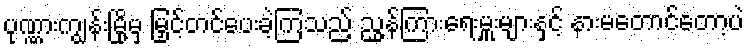
ပုဏ္ဏားကျွန်းမြို့မှ မြှင့်တင်ပေးခဲ့ကြသည့် ညွှန်ကြားရေးမှူးများနှင့် နားမတောင်တော့ပဲ